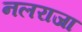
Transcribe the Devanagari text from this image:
नलराजा